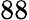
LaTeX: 88